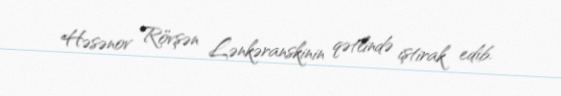
Həsənov Rövşən Lənkəranskinin qətlində iştirak edib.